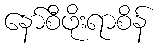
နော်စီဖိုးရာစိန်